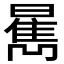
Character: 𱢫